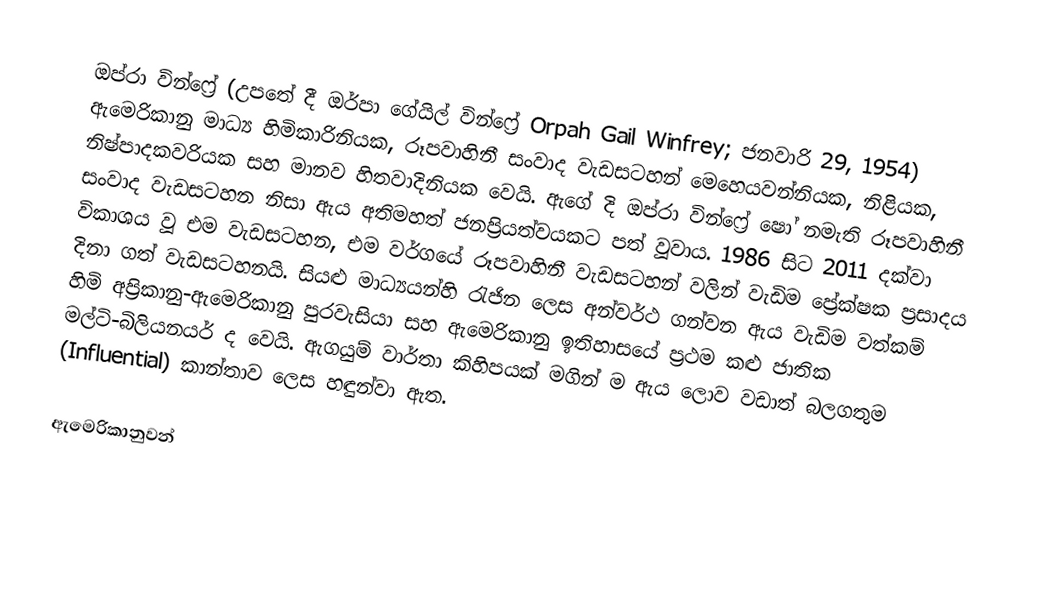
ඔප්රා වින්ෆ්‍රේ  (උපතේ දී ඔර්පා ගේයිල් වින්ෆ්‍රේ Orpah Gail Winfrey; ජනවාරි 29, 1954) ඇමෙරිකානු මාධ්‍ය හිමිකාරිනියක, රූපවාහිනී සංවාද වැඩසටහන් මෙහෙයවන්නියක, නිළියක, නිෂ්පාදකවරියක සහ මානව හිතවාදිනියක වෙයි. ඇගේ දි ඔප්රා වින්ෆ්‍රේ ෂෝ නමැති රූපවාහිනී සංවාද වැඩසටහන නිසා ඇය අතිමහත් ජනප්‍රියත්වයකට පත් වූවාය. 1986 සිට 2011 දක්වා විකාශය වූ එම වැඩසටහන, එම වර්ගයේ රූපවාහිනී වැඩසටහන් වලින් වැඩිම ප්‍රේක්ෂක ප්‍රසාදය දිනා ගත් වැඩසටහනයි. සියළු මාධ්‍යයන්හි රැජින ලෙස අන්වර්ථ ගන්වන ඇය වැඩිම වත්කම් හිමි අප්‍රිකානු-ඇමෙරිකානු පුරවැසියා සහ ඇමෙරිකානු ඉතිහාසයේ ප්‍රථම කළු ජාතික මල්ටි-බිලියනයර් ද වෙයි. ඇගයුම් වාර්තා කිහිපයක් මගින් ම ඇය ලොව වඩාත් බලගතුම (Influential) කාන්තාව ලෙස හඳුන්වා ඇත.

ඇමෙරිකානුවන්